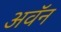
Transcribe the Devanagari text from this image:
अवॅन